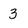
Character: 3